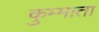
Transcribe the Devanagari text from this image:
कुम्माता